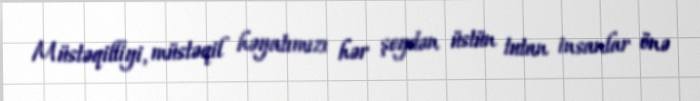
Müstəqilliyi, müstəqil həyatımızı hər şeydən üstün tutan insanlar önə